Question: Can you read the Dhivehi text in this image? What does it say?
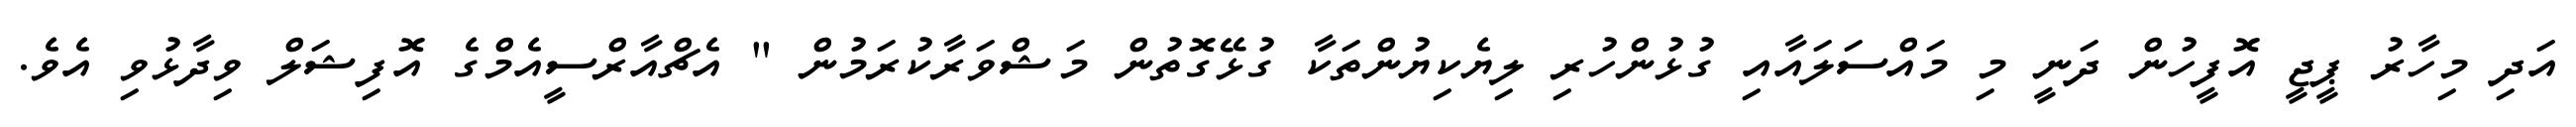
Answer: އަދި މިހާރު ޕީޖީ އޮފީހުން ދަނީ މި މައްސަލައާއި ގުޅުންހުރި ލިޔެކިޔުންތަކާ ގުޅޭގޮތުން މަޝްވަރާކުރަމުން " އެޗްއާރްސީއެމްގެ އޮފިޝަލް ވިދާޅުވި އެވެ.